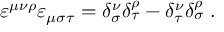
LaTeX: \varepsilon ^ { \mu \nu \rho } \varepsilon _ { \mu \sigma \tau } = \delta _ { \sigma } ^ { \nu } \delta _ { \tau } ^ { \rho } - \delta _ { \tau } ^ { \nu } \delta _ { \sigma } ^ { \rho } \; .